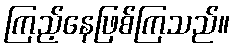
ကြည့်နေဖြစ်ကြသည်။